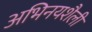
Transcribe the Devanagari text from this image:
अभिनयशैली